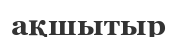
ақшытыр